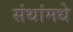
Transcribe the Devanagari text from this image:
संथांमधे